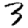
Digit: 3